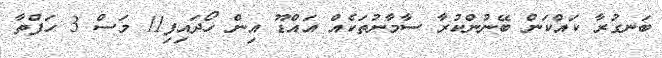
ބަނގުރާ ކައްކަން ބޭނުންކުރާ ސާމާނުތަކެއް އައްޑޫ އިން ހޯދައިފި11 މަސް 3 ހަފްތާ